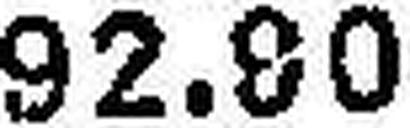
92.80